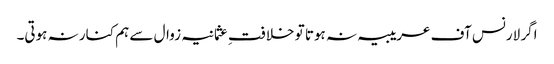
اگر لارنس آف عریبیہ نہ ہوتا تو خلافتِ عثمانیہ زوال سے ہم کنار نہ ہوتی۔